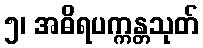
၅၊ အဓိရပက္ကန္တသုတ်